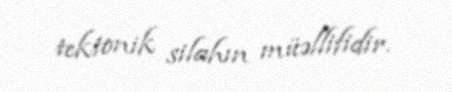
tektonik silahın müəllifidir.